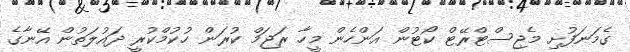
ގެމަނަފުށި މެޖިސްޓްރޭޓް ކޯޓުން އަންހެން މީހާ ރަޖަމް ކުރަން ހުކުމްކުރީ ދައުލަތުން އޭނާގެ